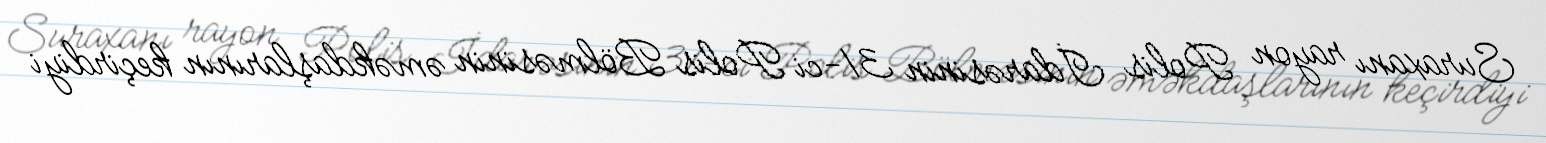
Suraxanı rayon Polis İdarəsinin 31-ci Polis Bölməsinin əməkdaşlarının keçirdiyi